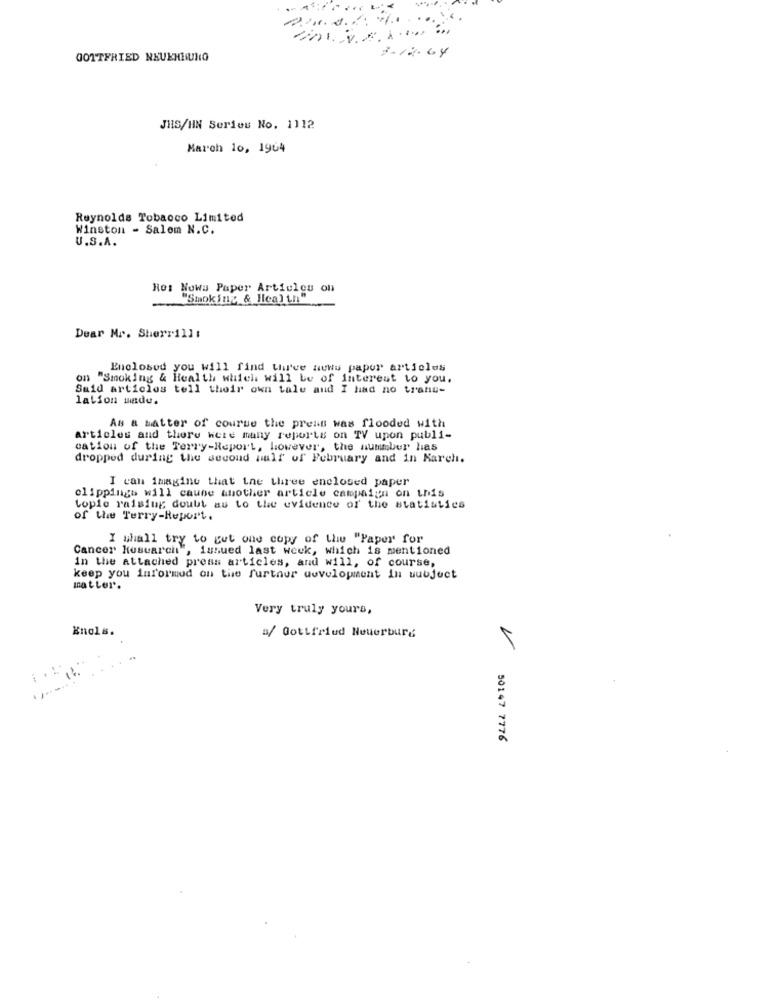
GOTTFRIED NEUEHIUNO
3-12.64
JHS/HN Series No. 1112
March 10, 1964
Reynolds Tobacco Limited
Winston - Salem N.C.
U.S.A.
Rot Nowa Paper Articles on
"Smoking & Health"
Dear Mr. Sherrill:
Enclosed you will find three news paper articles
on "Smoking & Health which will be of interest to you.
Said articles tell their own tale and I had no trans-
lation made.
As a Matter of course the press was flooded with
articles and there were many reports on TV upon publi-
cation of the Terry-Report, however, the nummber has
dropped during the second half of February and in Karch.
I can imagine that the three enclosed paper
clippings will cause another article campaign on this
Lopie raising doubt au to the evidence of the statistics
of the Terry-Report.
I shall try to get one copy of the "Paper for
Cancer Research", issued last week, which is mentioned
In the attached press articles, and will, of course,
keep you informed on the further development in subject
matter.
Very truly yours,
Enols.
a/ Gottfried Neuerburg
50147 7776